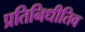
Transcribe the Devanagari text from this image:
प्रतिनिधीतिव